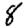
Digit: 8